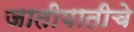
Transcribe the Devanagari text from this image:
जातीपातीचे